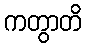
ကတွာတိ